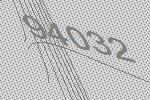
94032